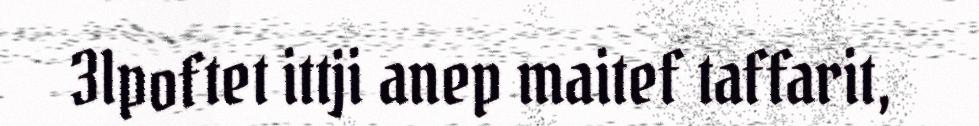
3lpoftet ittji anep maitef taffarit,